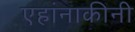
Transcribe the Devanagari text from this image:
एहांनाकीनी